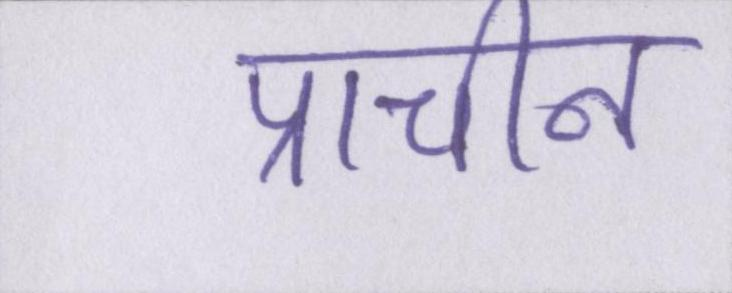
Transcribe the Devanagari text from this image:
प्राचीन